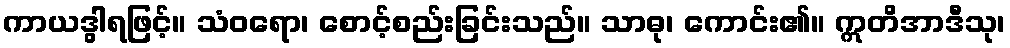
ကာယဒွါရဖြင့်။ သံဝရော၊ စောင့်စည်းခြင်းသည်။ သာဓု၊ ကောင်း၏။ ဣတိအာဒီသု၊